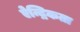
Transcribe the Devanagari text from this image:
ऐन्द्रिकता